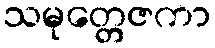
သမုတ္တေဇကာ